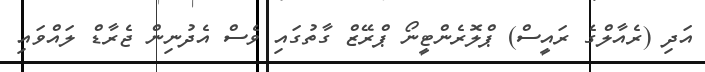
އަދި (ރެއާލްގެ ރައީސް) ޕްލޮރެންޓީނޯ ޕްރޭޒް ގާތުގައި ވެސް އެދުނިން ޖެރާޑް ލައްވައި